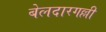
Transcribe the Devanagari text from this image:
बेलदारगल्ली